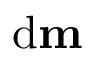
\mathrm { d } \mathbf { m }